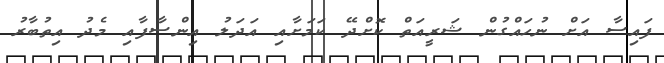
ފައިސާ އަށް ނުހައްގުން ޝަރީއަތް ކޮށްދޭ ކަމަށާއި އަދަލު އިންސާފާއި މެދު އިތުބާރު